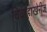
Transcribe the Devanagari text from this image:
विवाहाखेरीज